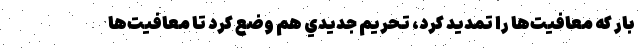
بار كه معافيت‌ها را تمديد كرد، تحريم جديدي هم وضع كرد تا معافيت‌ها